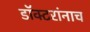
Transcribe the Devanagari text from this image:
डॉक्टरांनाच